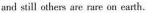
and still others are rare on eath.